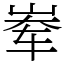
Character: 𪨶